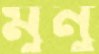
মুনু